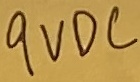
Text: 9VDC